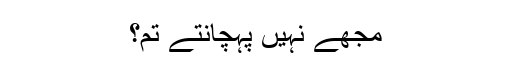
مجھے نہیں پہچانتے تم؟